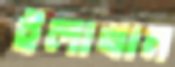
ইলাখান